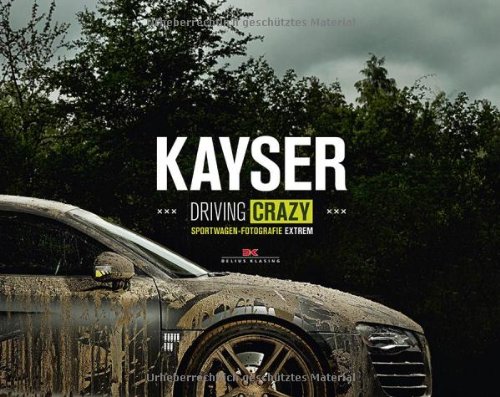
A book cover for Kayser: Driving Crazy; Antique Collectors Club; Engineering & Transportation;